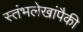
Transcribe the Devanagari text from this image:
स्तंभलेखांपैकी